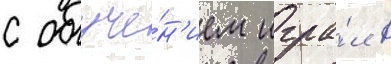
с обуче́н'ием игра́л в